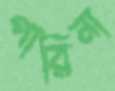
পারিনা